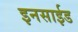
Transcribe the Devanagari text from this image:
इनसाईड